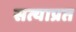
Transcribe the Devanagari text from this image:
सत्याप्रत